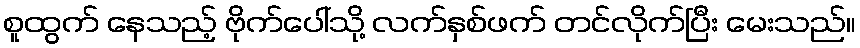
စူထွက် နေသည့် ဗိုက်ပေါ်သို့ လက်နှစ်ဖက် တင်လိုက်ပြီး မေးသည်။